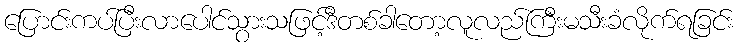
ပြောင်းကပ်ပြီးလာပေါင်သွားသဖြင့်ဒီတစ်ခါတော့လူလည်ကြီးမသီးခံလိုက်ရခြင်း